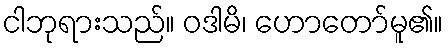
ငါဘုရားသည်။ ဝဒါမိ၊ ဟောတော်မူ၏။